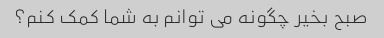
صبح بخیر چگونه می توانم به شما کمک کنم؟